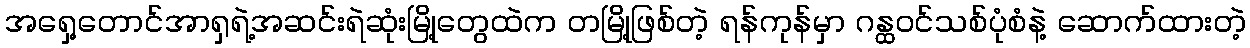
အရှေ့တောင်အာရှရဲ့အဆင်းရဲဆုံးမြို့တွေထဲက တမြို့ဖြစ်တဲ့ ရန်ကုန်မှာ ဂန္ထဝင်သစ်ပုံစံနဲ့ ဆောက်ထားတဲ့